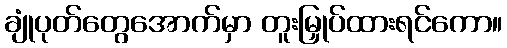
ချုံပုတ်တွေအောက်မှာ တူးမြှုပ်ထားရင်ကော။